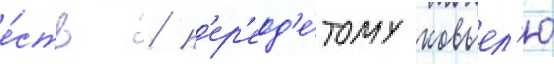
е́сть / п'ер'еод'е́тому ковьел'ю